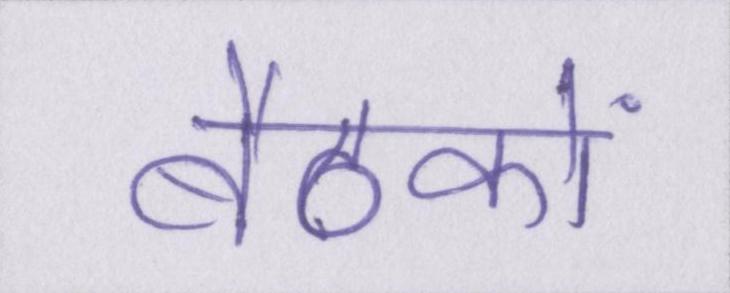
बैठकों